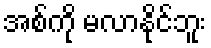
အစ်ကို မလာနိုင်ဘူး